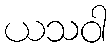
ယသဝါ